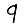
Digit: 9